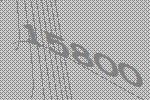
15800